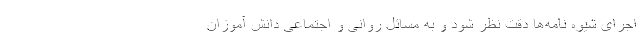
اجرای شیوه نامه‌ها دقت نظر شود و به مسائل روانی و اجتماعی دانش آموزان